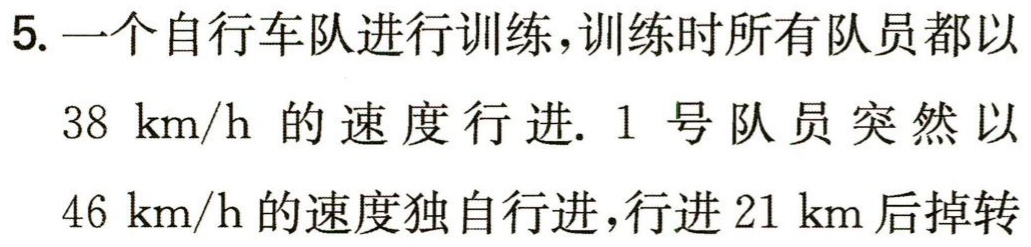
5. 一个自行车队进行训练，训练时所有队员都以

$38\ km/h$ 的速度行进. 1号队员突然以

$46\ km/h$ 的速度独自行进，行进$21\ km$后掉转